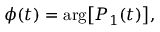
\phi ( t ) = \mathrm { a r g } \big [ P _ { 1 } ( t ) \big ] ,